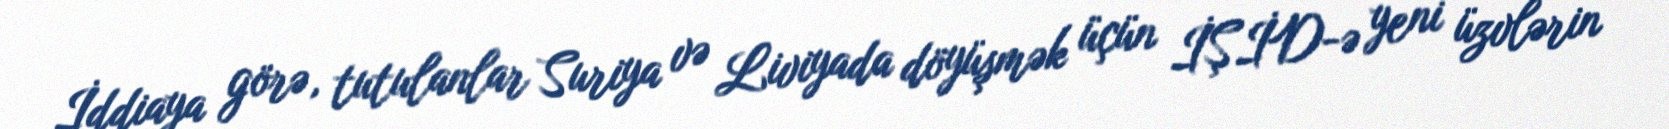
İddiaya görə, tutulanlar Suriya və Liviyada döyüşmək üçün İŞİD-ə yeni üzvlərin